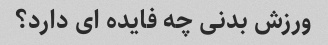
ورزش بدنی چه فایده ای دارد؟